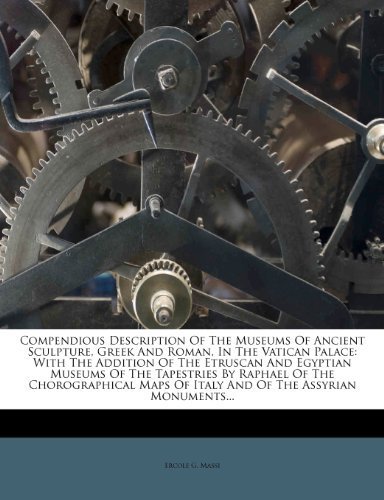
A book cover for Compendious Description Of The Museums Of Ancient Sculpture, Greek And Roman, In The Vatican Palace: With The Addition Of The Etruscan And Egyptian ... Of Italy And Of The Assyrian Monuments... by Massi, Ercole G. (2012) Paperback; Ercole G. Massi; Travel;